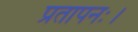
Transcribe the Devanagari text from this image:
प्रतापनः।